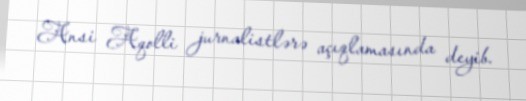
Ansi Aqolli jurnalistlərə açıqlamasında deyib.